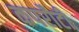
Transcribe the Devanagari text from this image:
कपरौटी